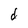
Character: d